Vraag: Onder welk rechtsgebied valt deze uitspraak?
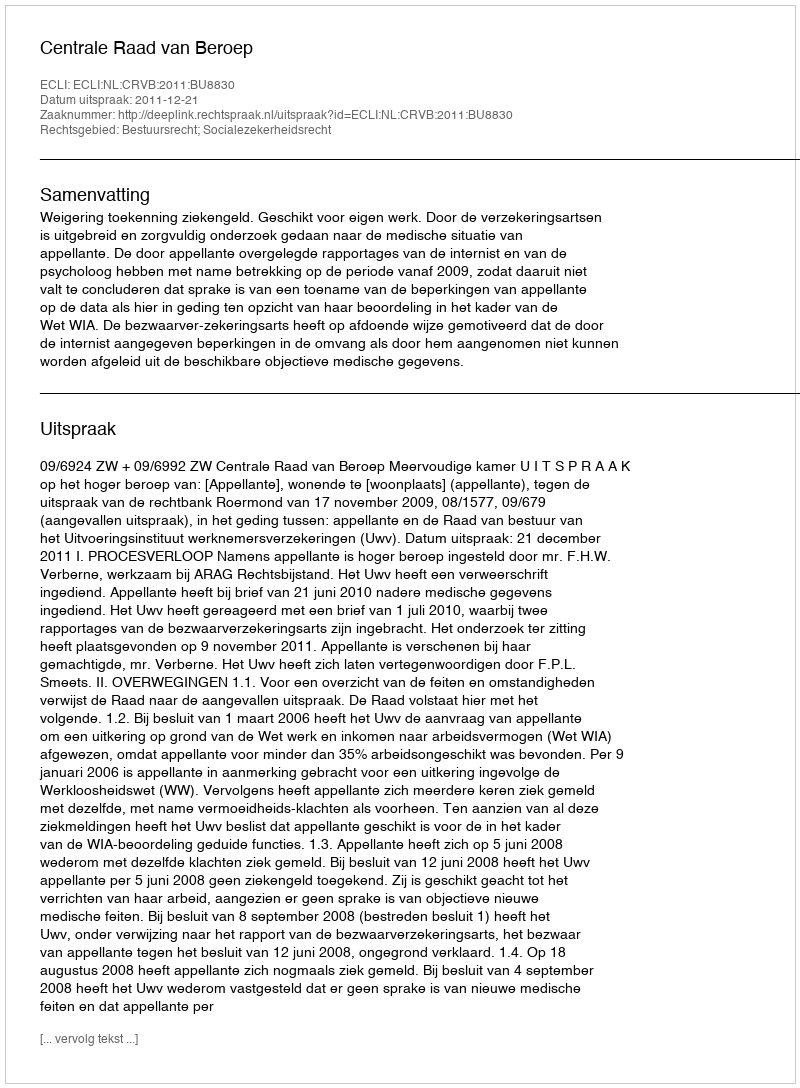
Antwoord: Bestuursrecht; Socialezekerheidsrecht